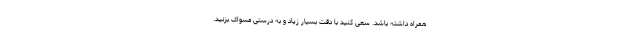
همراه داشته باشد. سعی کنید با دقت بسیار زیاد و به درستی مسواک بزنید.